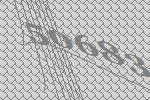
50683